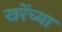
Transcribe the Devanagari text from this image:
खरेंच्या